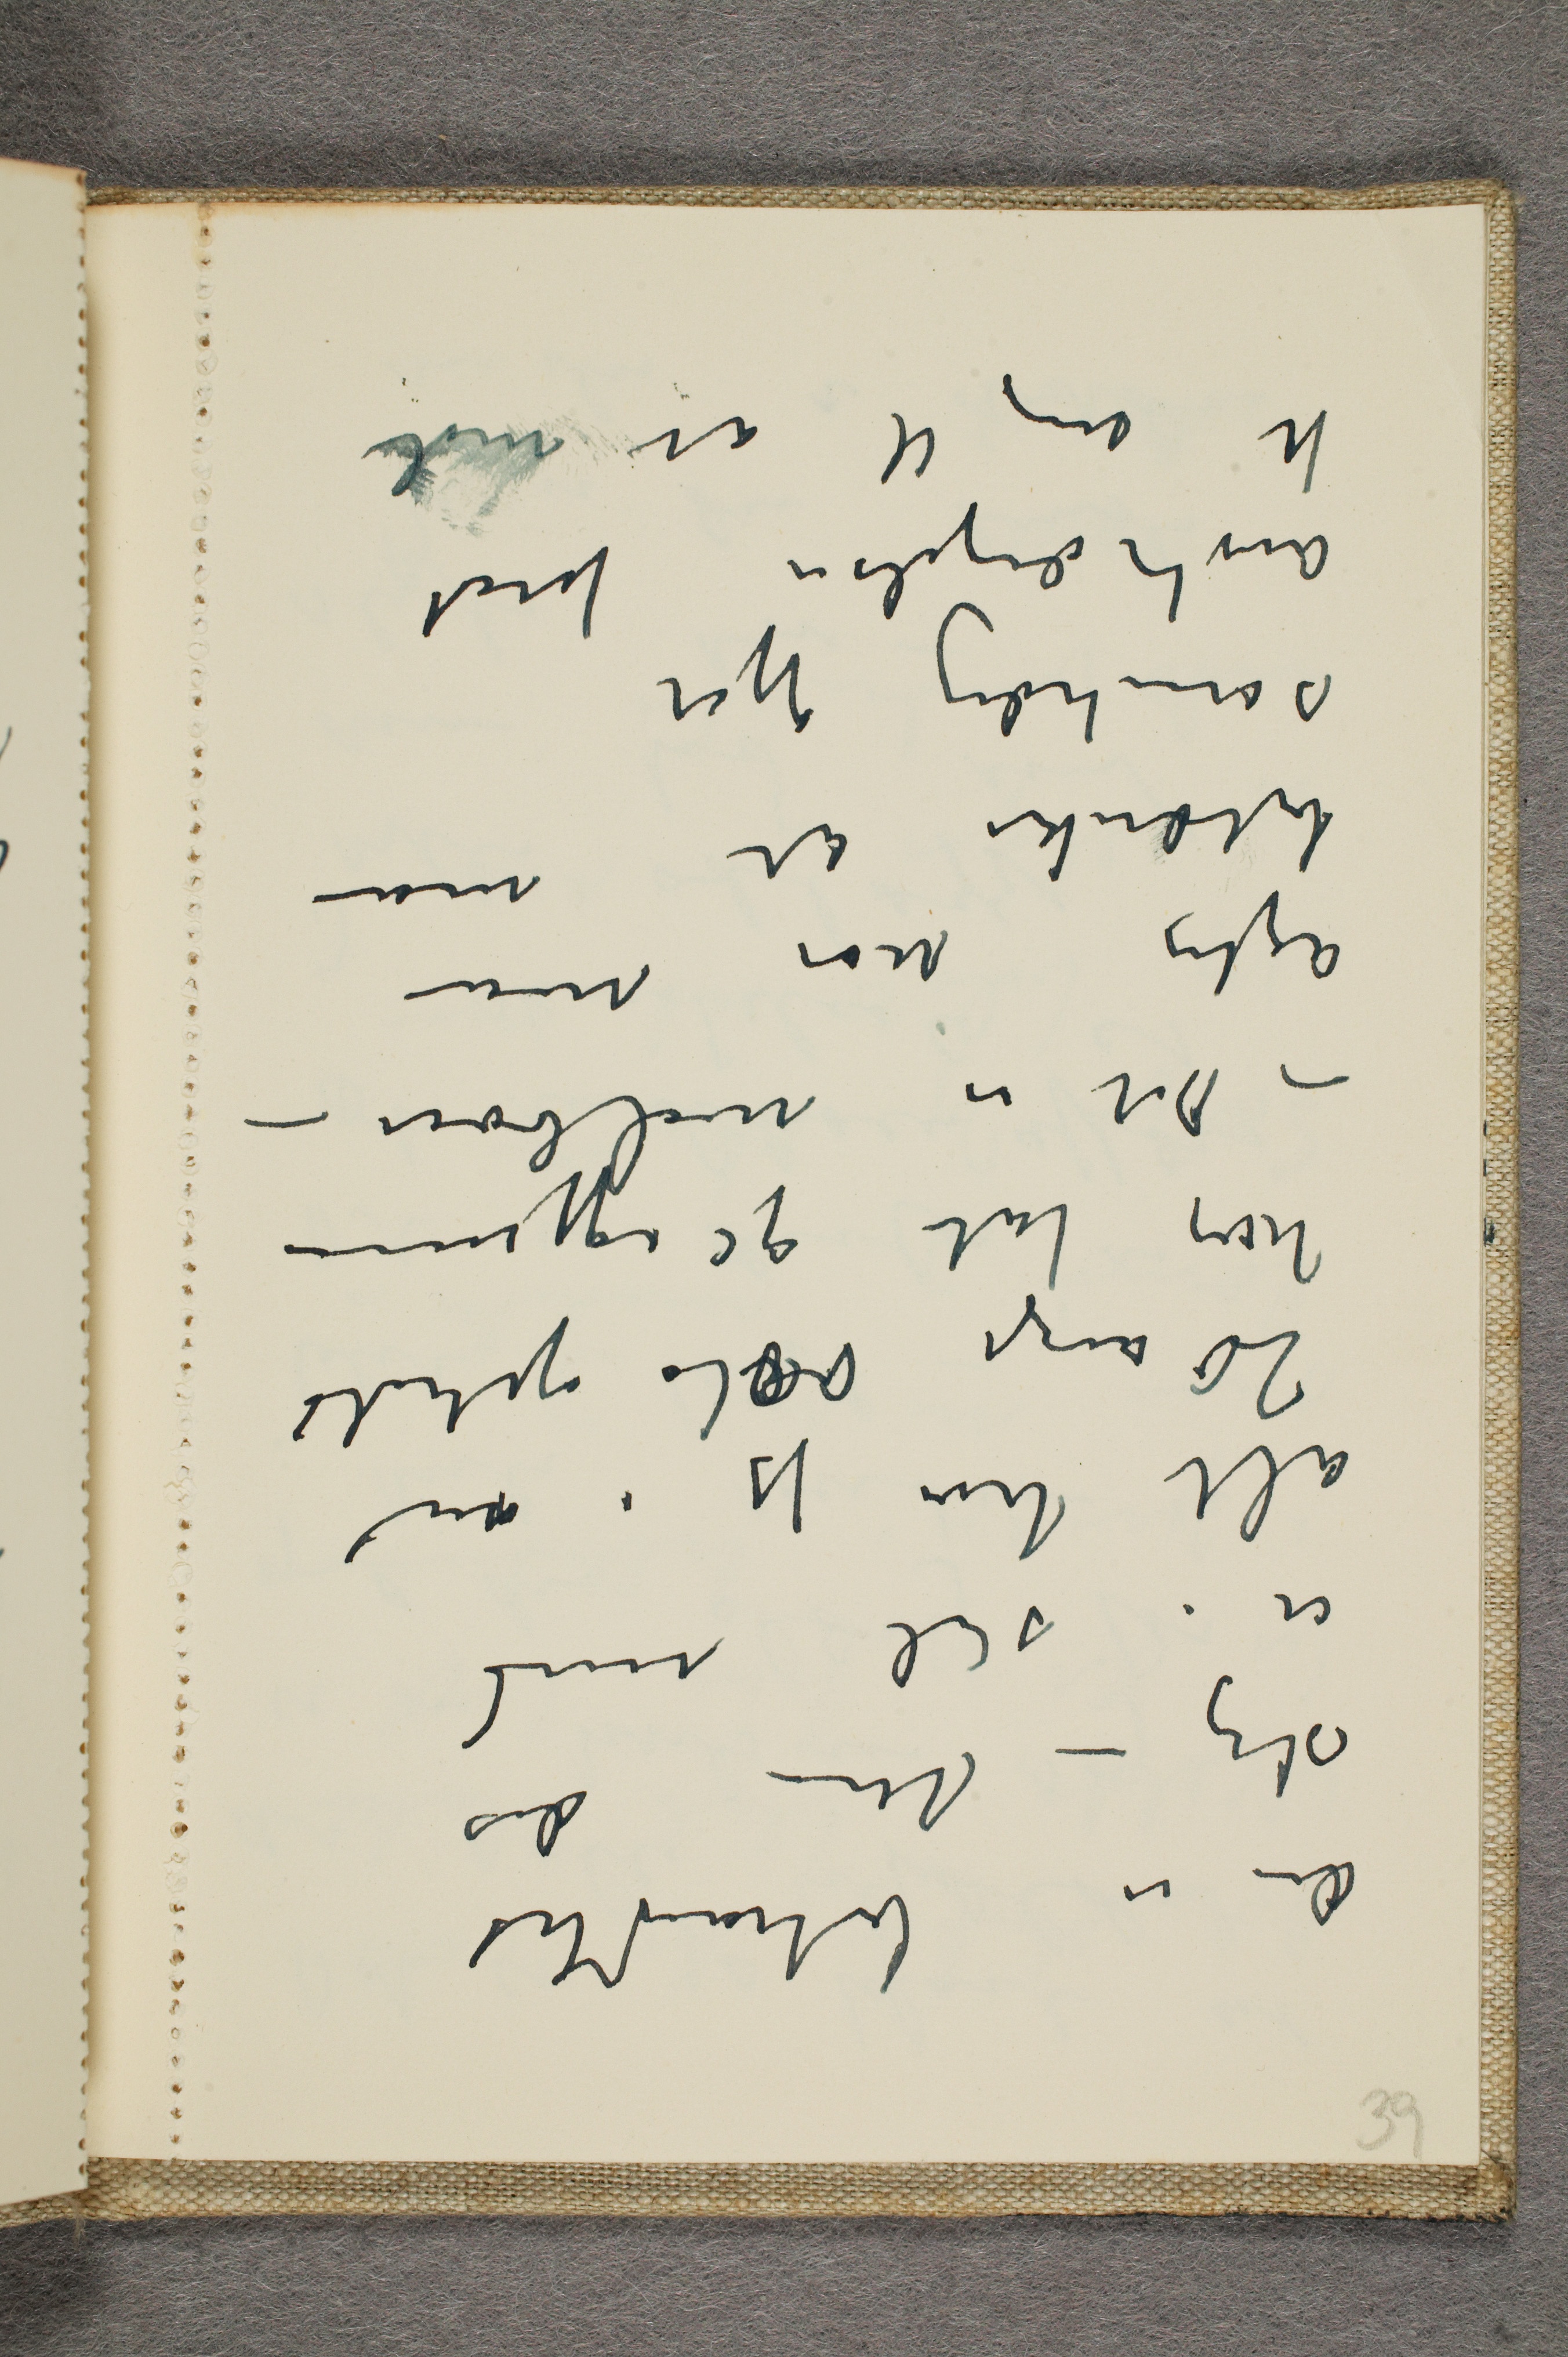
alt hvi jeg i an